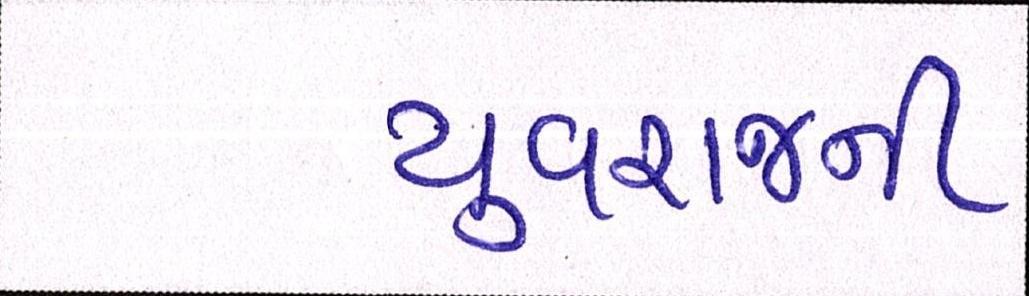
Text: યુવરાજની